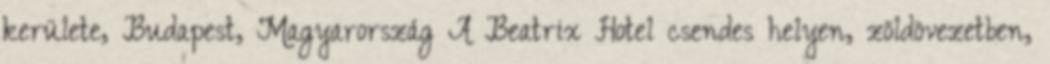
kerülete, Budapest, Magyarország A Beatrix Hotel csendes helyen, zöldövezetben,